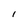
Character: I